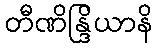
တီဏိန္ဒြိယာနိ